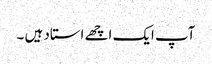
آپ ایک اچھے استاد ہیں ۔